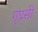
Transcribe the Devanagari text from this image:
गृघ्रसी